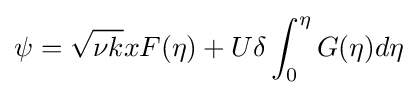
\psi ={\sqrt {\nu k}}xF(\eta )+U\delta \int _{0}^{\eta }G(\eta )d\eta